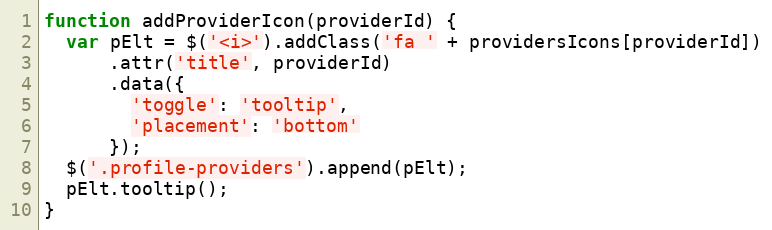
Language: JavaScript
function addProviderIcon(providerId) {
  var pElt = $('<i>').addClass('fa ' + providersIcons[providerId])
      .attr('title', providerId)
      .data({
        'toggle': 'tooltip',
        'placement': 'bottom'
      });
  $('.profile-providers').append(pElt);
  pElt.tooltip();
}